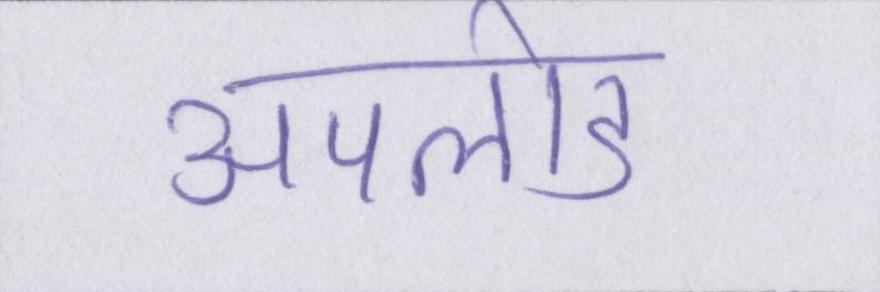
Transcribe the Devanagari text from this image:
अपलोड